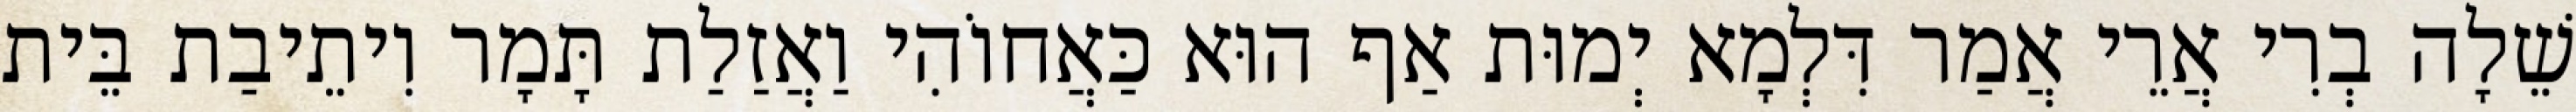
שֵׁלָה בְרִי אֲרֵי אֲמַר דִּלְמָא יְמוּת אַף הוּא כַּאֲחוֹהִי וַאֲזַלַת תָּמָר וִיתֵיבַת בֵּית